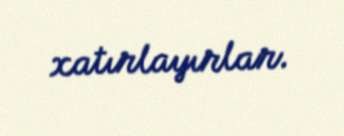
xatırlayırlar.